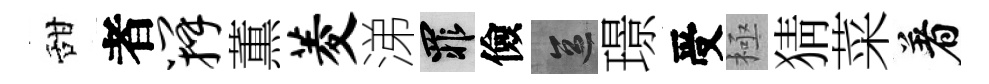
甜者瓣薫菱涕罪儉區璟受極猜菜着